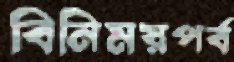
বিনিময়পর্ব